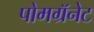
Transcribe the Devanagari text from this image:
पोमग्रॅनेट